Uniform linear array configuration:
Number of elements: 16
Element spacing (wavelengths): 0.75
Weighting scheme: binomial
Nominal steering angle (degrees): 0
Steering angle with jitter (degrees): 1.212
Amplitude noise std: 0.05
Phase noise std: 0.05

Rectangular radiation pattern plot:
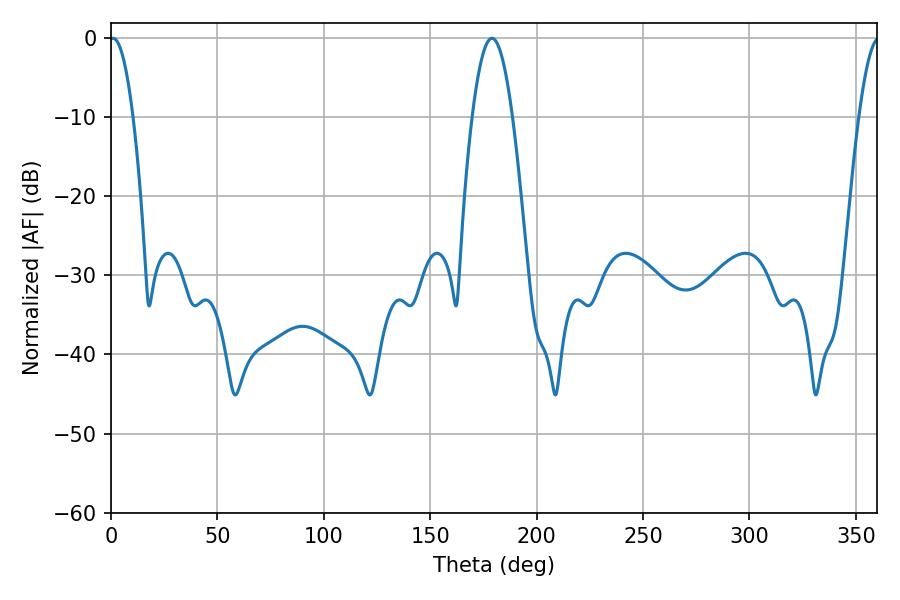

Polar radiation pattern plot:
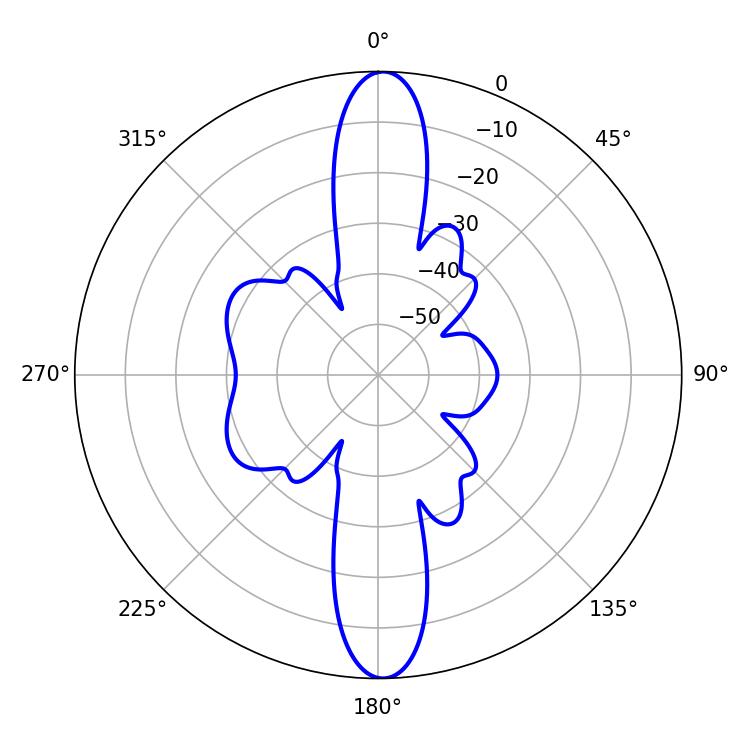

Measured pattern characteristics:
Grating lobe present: TRUE
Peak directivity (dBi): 26.141
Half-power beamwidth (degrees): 6.12
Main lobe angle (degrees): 0.9